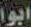
ابوا